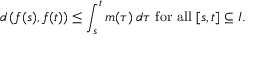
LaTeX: d \left( f ( s ) , f ( t ) \right) \leq \int _ { s } ^ { t } m ( \tau ) \, d \tau { \mathrm { ~ f o r ~ a l l ~ } } [ s , t ] \subseteq I .